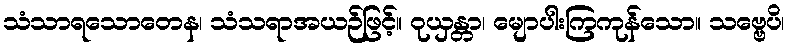
သံသာရသောတေန၊ သံသရာအယဉ်ဖြင့်။ ဝုယှန္တာ၊ မျောပါးကြကုန်သော။ သဗ္ဗေပိ၊